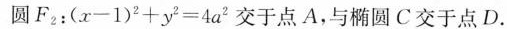
圆F_{2}：$$( x - 1 ) ^ { 2 } + y ^ { 2 } = 4 a ^ { 2 }$$交于点A，与椭圆C交于点D.